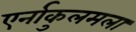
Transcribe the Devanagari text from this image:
एर्नाकुलमला